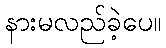
နားမလည်ခဲ့ပေ။